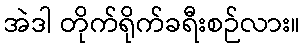
အဲဒါ တိုက်ရိုက်ခရီးစဉ်လား။